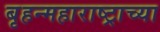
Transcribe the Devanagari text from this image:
बृहन्महाराष्ट्राच्या